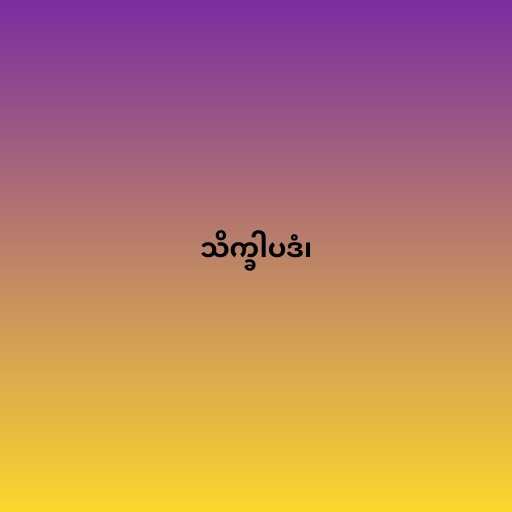
သိက္ခါပဒံ၊